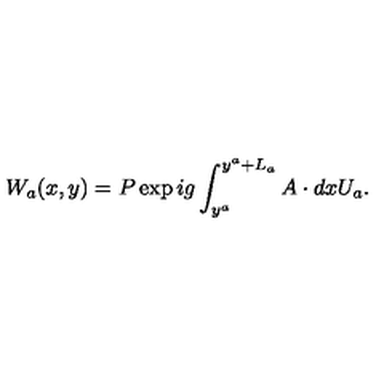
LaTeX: W _ { a } ( x , y ) = P \exp { i g \int _ { y ^ { a } } ^ { y ^ { a } + L _ { a } } A \cdot d x } U _ { a } .